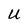
Character: U